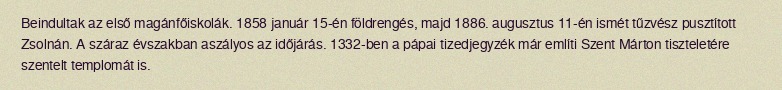
Beindultak az első magánfőiskolák. 1858 január 15-én földrengés, majd 1886. augusztus 11-én ismét tűzvész pusztított Zsolnán. A száraz évszakban aszályos az időjárás. 1332-ben a pápai tizedjegyzék már említi Szent Márton tiszteletére szentelt templomát is.